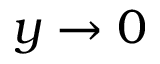
y \rightarrow 0